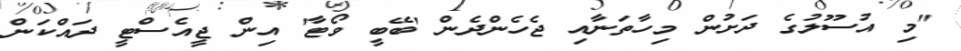
"މި އުސޫލުގެ ދަށުން މިހާތަނާއި ޖެހެންދެން 'ބޭބީ ވޯޓާ' އިން ޖީއެސްޓީ ދައްކަން